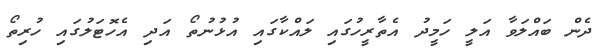
ދެން ބައްލަވާ އަލީ ހަމީދު އެތާރީހުގައި ލައްކާގައި އުޅުނުތޯ އަދި އެހޮޓަލުގައި ހުރިތޯ